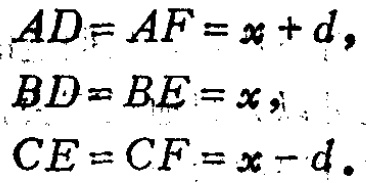
\[

\begin{align*}

AD&=AF=x + d,\\

BD&=BE=x,\\

CE&=CF=x - d.

\end{align*}

\]